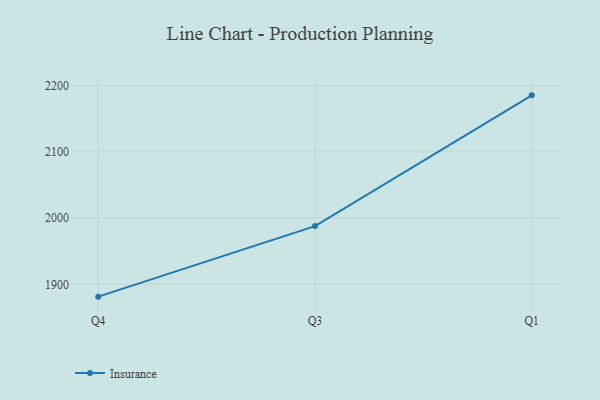
{"axis": {"x": "Quarter", "y": "Shipments"}, "legend": ["Insurance"], "data": [{"x": "Q4", "y": 1881.5, "type": "Insurance"}, {"x": "Q3", "y": 1987.9, "type": "Insurance"}, {"x": "Q1", "y": 2185.1, "type": "Insurance"}]}